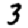
Digit: 3